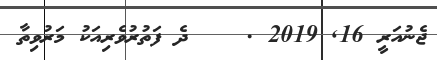
ޖެނުއަރީ 16